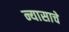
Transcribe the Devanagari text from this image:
न्यासाचे